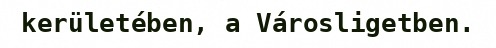
kerületében, a Városligetben.